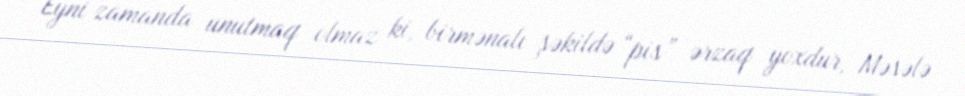
Eyni zamanda unutmaq olmaz ki, birmənalı şəkildə “pis” ərzaq yoxdur, Məsələ